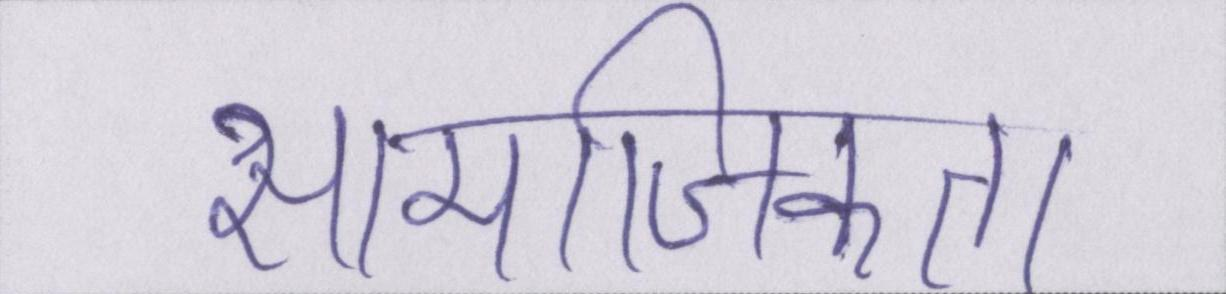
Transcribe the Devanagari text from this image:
सामाजिकता